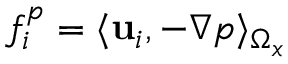
f _ { i } ^ { p } = \langle { \mathbf { u } } _ { i } , - \nabla p \rangle _ { \Omega _ { x } }